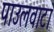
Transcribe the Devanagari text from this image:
पाउलवाटा